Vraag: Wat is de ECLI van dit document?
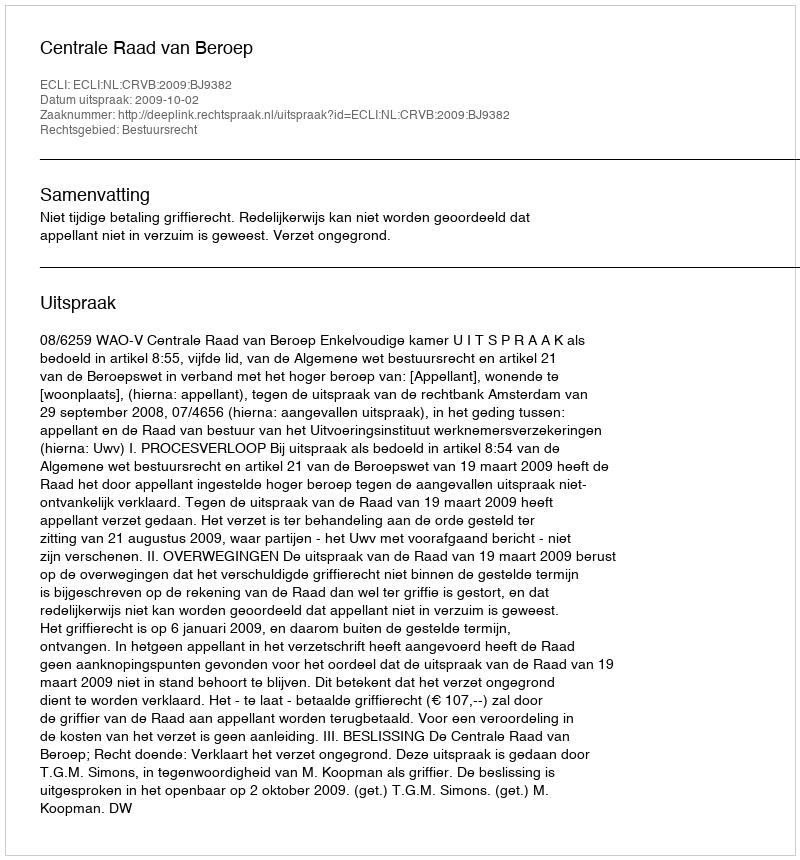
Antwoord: ECLI:NL:CRVB:2009:BJ9382